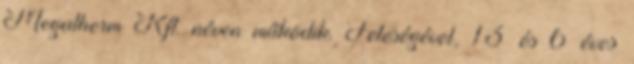
Megatherm Kft. néven működik. Feleségével, 13 és 6 éves